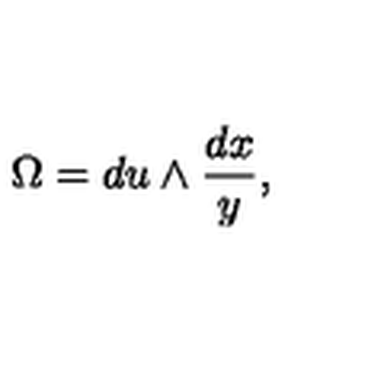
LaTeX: \Omega = d u \wedge \frac { d x } { y } ,